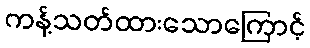
ကန့်သတ်ထားသောကြောင့်